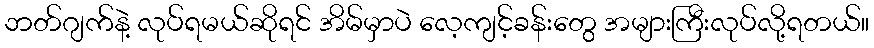
ဘတ်ဂျက်နဲ့ လုပ်ရမယ်ဆိုရင် အိမ်မှာပဲ လေ့ကျင့်ခန်းတွေ အများကြီးလုပ်လို့ရတယ်။